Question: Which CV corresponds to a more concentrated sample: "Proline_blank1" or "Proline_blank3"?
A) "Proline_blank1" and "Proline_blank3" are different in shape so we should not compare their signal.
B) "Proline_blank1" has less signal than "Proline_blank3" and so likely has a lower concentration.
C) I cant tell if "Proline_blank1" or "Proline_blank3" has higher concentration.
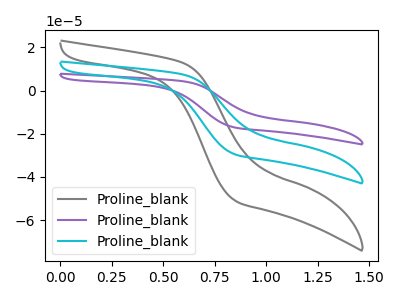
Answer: <think>The gray curve "Proline_blank1" has no peaks. The purple curve "Proline_blank2" has no peaks. The cyan curve "Proline_blank3" has no peaks.
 Neither "Proline_blank1" or "Proline_blank3" have any peaks.</think>
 <answer>C) I cant tell if "Proline_blank1" or "Proline_blank3" has higher concentration.</answer>
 <eval>C</eval>